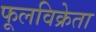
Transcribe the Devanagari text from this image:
फूलविक्रेता